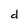
Character: d